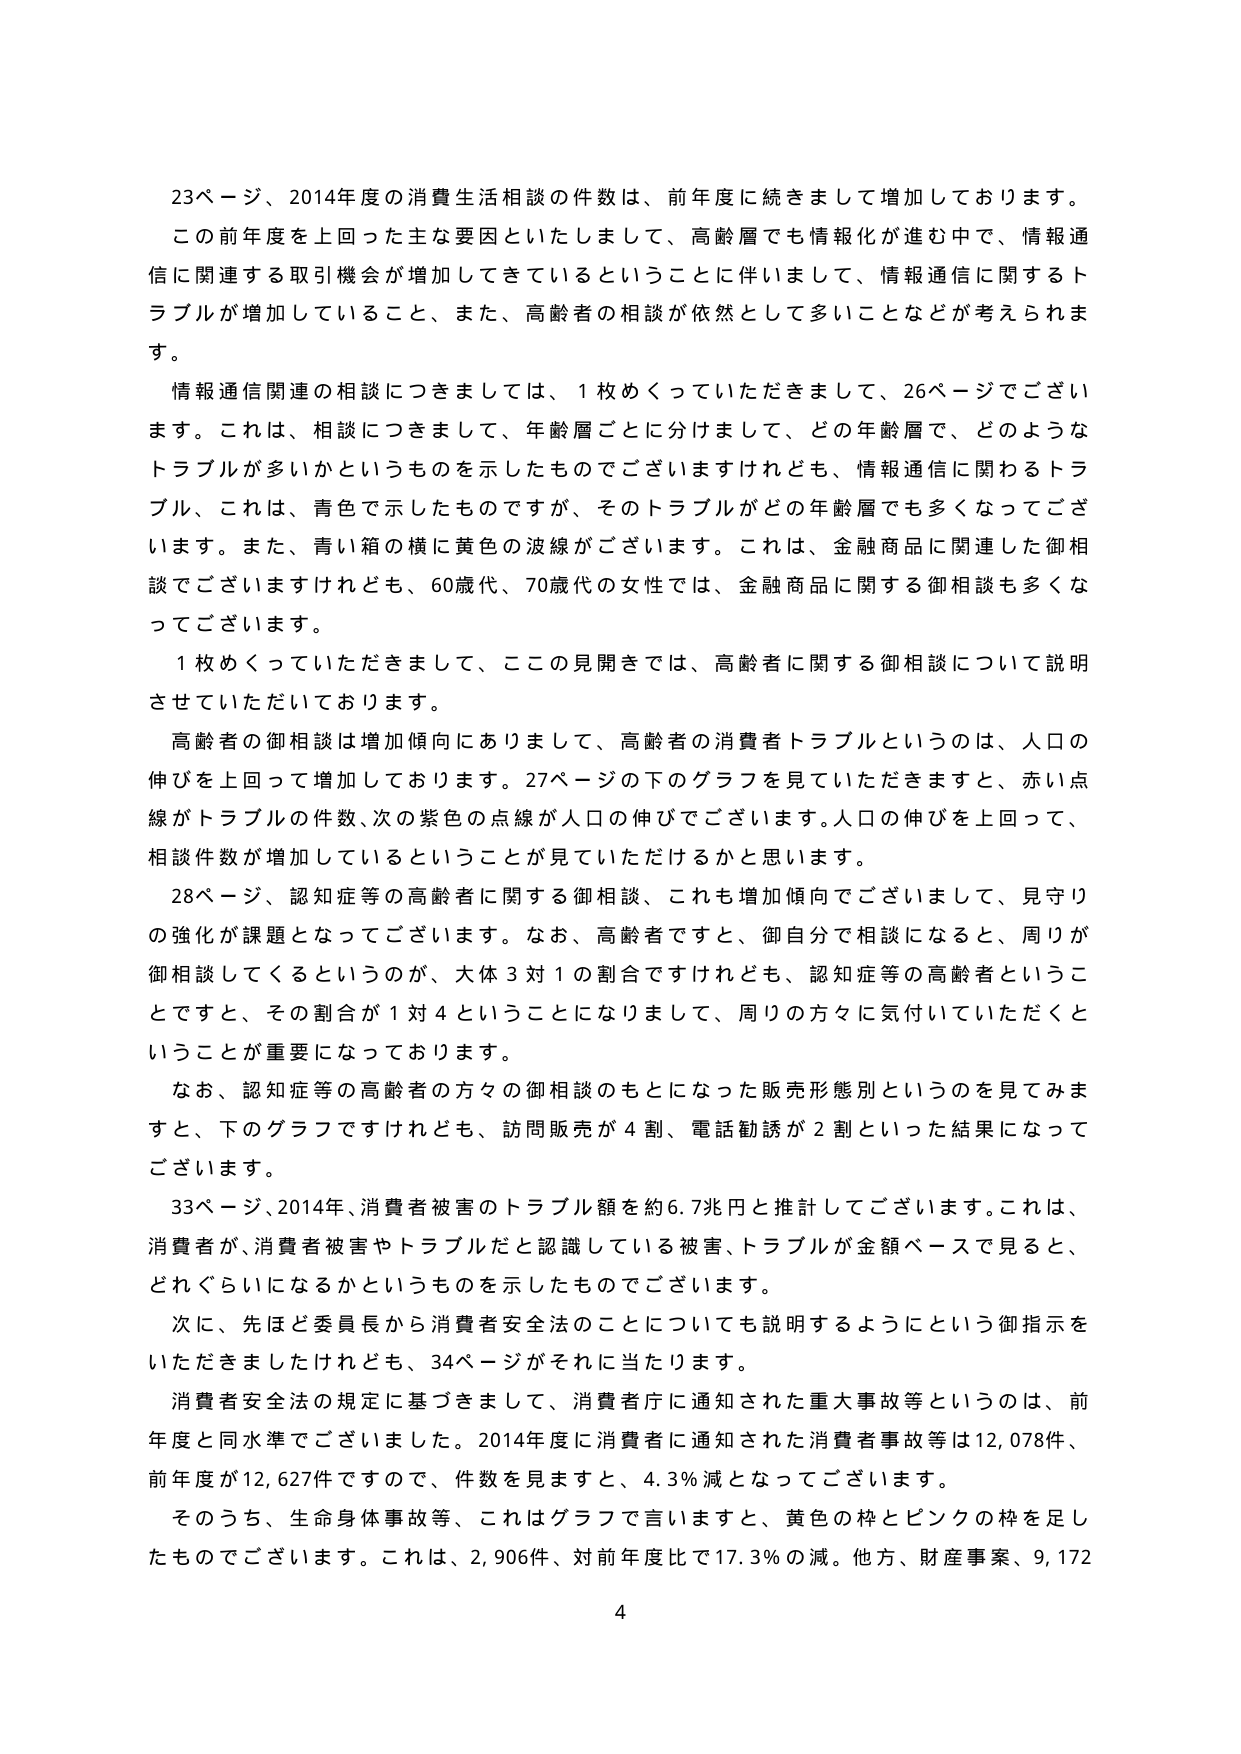
23ページ、2014年度の消費生活相談の件数は、前年度に続きまして増加しております。
この前年度を上回った主な要因といたしまして、高齢層でも情報化が進む中で、情報通信に関連する取引機会が増加してきているということに伴いまして、情報通信に関するトラブルが増加していること、また、高齢者の相談が依然として多いことなどが考えられます。
情報通信関連の相談につきましては、1枚めくっていただきまして、26ページでございます。これは、相談につきまして、年齢層ごとに分けまして、どの年齢層で、どのようなトラブルが多いかというものを示したものでございますけれども、情報通信に関わるトラブル、これは、青色で示したものですか、そのトラブルがどの年齢層でも多くなってございます。また、青い箱の横に黄色の波線がございます。これは、金融商品に関連した御相談でございますけれども、60歳代、70歳代の女性では、金融商品に関する御相談も多くなってございます。
1枚めくっていただきまして、ここの見開きでは、高齢者に関する御相談について説明させていただいております。
高齢者の御相談は増加傾向にありまして、高齢者の消費者トラブルというのは、人口の伸びを上回って増加しております。27ページの下のグラフを見ていただきますと、赤い点線がトラブルの件数、次の紫色の点線が人口の伸びでございます。人口の伸びを上回って、相談件数が増加しているということが見ていただけるかと思います。
28ページ、認知症等の高齢者に関する御相談、これも増加傾向でございまして、見守りの強化が課題となってございます。なお、高齢者ですと、御自分で相談になると、周りが御相談してくるというのが、大体3対1の割合ですけれども、認知症等の高齢者ということですと、その割合が1対4ということになりまして、周りの方々に気付いていただくということが重要になっております。
なお、認知症等の高齢者の方々の御相談のもとになった販売形態別というのを見てみますと、下のグラフですけれども、訪問販売が4割、電話勧誘が2割といった結果になってございます。
33ページ、2014年、消費者被害のトラブル額を約6.7兆円と推計しております。これは、消費者が、消費者被害やトラブルだと認識している被害、トラブルが金額ベースで見ると、どれぐらいになるかというものを示したものでございます。
次に、先ほど委員長から消費者安全法のことについても説明するようにという御指示をいただきましたけれども、34ページがそれに当たります。
消費者安全法の規定に基づきまして、消費者庁に通知された重大事故等というのは、前年度と同水準でございました。2014年度に消費者に通知された消費者事故等は12,078件、前年度が12,627件ですので、件数を見ますと、4.3％減となってございます。
そのうち、生命身体事故等、これはグラフで言いますと、黄色の枠とピンクの枠を足したものでございます。これは、2,906件、対前年度比で17.3％の減。他方、財産事案、9,172
4